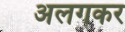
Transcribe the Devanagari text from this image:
अलगकर